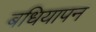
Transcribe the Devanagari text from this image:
बधियापन